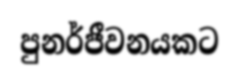
පුනර්ජීවනයකට